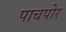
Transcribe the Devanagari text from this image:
पाचपोर